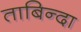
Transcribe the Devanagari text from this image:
ताबिन्दा